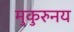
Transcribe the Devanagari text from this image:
मुकुरुनय